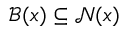
{ \mathcal { B } } ( x ) \subseteq { \mathcal { N } } ( x )